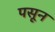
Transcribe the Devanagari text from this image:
पसून